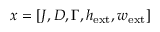
x = [ J , D , \Gamma , h _ { \mathrm { e x t } } , w _ { \mathrm { e x t } } ]